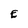
Character: E